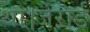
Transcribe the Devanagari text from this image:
था।जेरार्ड